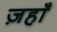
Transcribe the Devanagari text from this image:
ज़हाँ